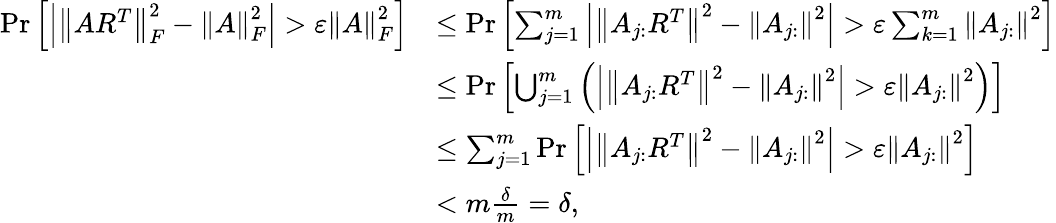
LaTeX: \begin{array}{rl}{\operatorname*{Pr}\left[\left|{\left\| AR^{T}\right\| }_{F}^{2}-{\left\| A\right\| }_{F}^{2}\right|>\varepsilon{\left\| A\right\| }_{F}^{2}\right]}&{\leq\operatorname*{Pr}\left[\sum_{j=1}^{m}\left|{\left\| A_{j:}R^{T}\right\| }^{2}-{\left\| A_{j:}\right\| }^{2}\right|>\varepsilon\sum_{k=1}^{m}{\left\| A_{j:}\right\| }^{2}\right]}\\ &{\leq\operatorname*{Pr}\left[\bigcup_{j=1}^{m}\left(\left|{\left\| A_{j:}R^{T}\right\| }^{2}-{\left\| A_{j:}\right\| }^{2}\right|>\varepsilon{\left\| A_{j:}\right\| }^{2}\right)\right]}\\ &{\leq\sum_{j=1}^{m}\operatorname*{Pr}\left[\left|{\left\| A_{j:}R^{T}\right\| }^{2}-{\left\| A_{j:}\right\| }^{2}\right|>\varepsilon{\left\| A_{j:}\right\| }^{2}\right]}\\ &{<m\frac{\delta}{m}=\delta,}\end{array}